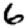
Digit: 6